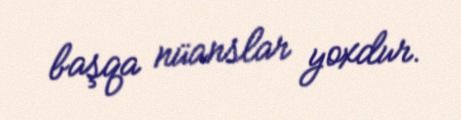
başqa nüanslar yoxdur.